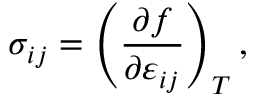
\sigma _ { i j } = \left( { \frac { \partial f } { \partial \varepsilon _ { i j } } } \right) _ { T } ,